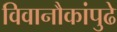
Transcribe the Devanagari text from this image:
विवानौकांपुढे